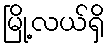
မြို့လယ်ရှိ